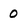
Character: 0